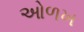
ઓળખ